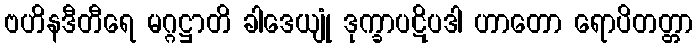
ဗဟိနဒီတီရေ မဂ္ဂဋ္ဌာတိ ခါဒေယျုံ ဒုက္ခာပဋိပဒါ ဟာတော ရောပိတတ္တာ